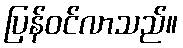
ပြန်ဝင်လာသည်။